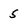
Character: 5